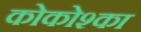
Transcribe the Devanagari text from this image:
कोकोश्का